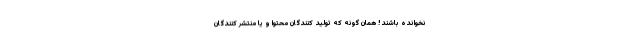
نخوانده باشند! همان گونه که تولید کنندگان محتوا و یا منتشر کنندگان